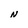
Character: N